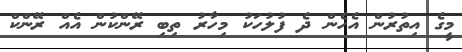
މީގެ އިތުރުން އެހެން ދެ ފުލުހަކު މިހާރު ތިބި ރޭންކުން އެއް ރޭންކް